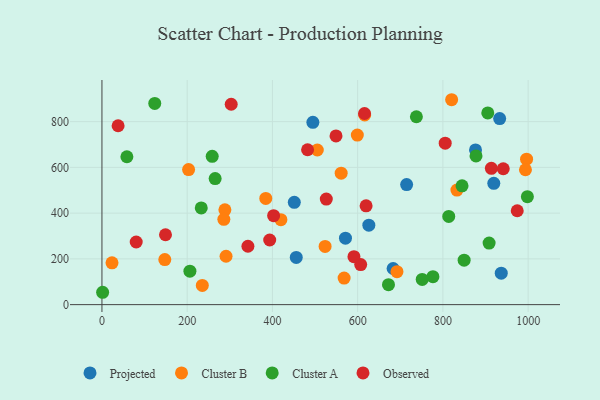
{"axis": {"x": "Experience", "y": "Salary"}, "legend": ["Cluster A", "Cluster B", "Observed", "Projected"], "data": [{"x": "933.2", "y": 813.6, "type": "Projected"}, {"x": "919.4", "y": 530.3, "type": "Projected"}, {"x": "626.2", "y": 347.2, "type": "Projected"}, {"x": "571.4", "y": 290.5, "type": "Projected"}, {"x": "451.3", "y": 447.1, "type": "Projected"}, {"x": "714.9", "y": 524.7, "type": "Projected"}, {"x": "455.9", "y": 206.4, "type": "Projected"}, {"x": "494.9", "y": 796.8, "type": "Projected"}, {"x": "683.2", "y": 157.9, "type": "Projected"}, {"x": "876.5", "y": 676.5, "type": "Projected"}, {"x": "936.9", "y": 137.4, "type": "Projected"}, {"x": "288.5", "y": 414.5, "type": "Cluster B"}, {"x": "832.9", "y": 500.7, "type": "Cluster B"}, {"x": "203.3", "y": 590.4, "type": "Cluster B"}, {"x": "561.3", "y": 574.9, "type": "Cluster B"}, {"x": "616.5", "y": 829.5, "type": "Cluster B"}, {"x": "235.5", "y": 84.0, "type": "Cluster B"}, {"x": "147.5", "y": 196.8, "type": "Cluster B"}, {"x": "996.3", "y": 635.8, "type": "Cluster B"}, {"x": "384.4", "y": 464.5, "type": "Cluster B"}, {"x": "523.6", "y": 254.3, "type": "Cluster B"}, {"x": "993.7", "y": 589.6, "type": "Cluster B"}, {"x": "568.2", "y": 115.9, "type": "Cluster B"}, {"x": "286.0", "y": 373.1, "type": "Cluster B"}, {"x": "505.3", "y": 676.0, "type": "Cluster B"}, {"x": "23.6", "y": 182.6, "type": "Cluster B"}, {"x": "692.2", "y": 144.1, "type": "Cluster B"}, {"x": "599.2", "y": 741.3, "type": "Cluster B"}, {"x": "419.9", "y": 371.5, "type": "Cluster B"}, {"x": "820.5", "y": 895.8, "type": "Cluster B"}, {"x": "291.2", "y": 211.5, "type": "Cluster B"}, {"x": "258.7", "y": 648.3, "type": "Cluster A"}, {"x": "265.6", "y": 550.9, "type": "Cluster A"}, {"x": "849.8", "y": 194.5, "type": "Cluster A"}, {"x": "813.7", "y": 385.5, "type": "Cluster A"}, {"x": "672.3", "y": 87.2, "type": "Cluster A"}, {"x": "776.6", "y": 122.3, "type": "Cluster A"}, {"x": "1.6", "y": 54.0, "type": "Cluster A"}, {"x": "737.8", "y": 821.4, "type": "Cluster A"}, {"x": "206.4", "y": 146.2, "type": "Cluster A"}, {"x": "998.2", "y": 471.8, "type": "Cluster A"}, {"x": "233.0", "y": 422.6, "type": "Cluster A"}, {"x": "58.5", "y": 646.4, "type": "Cluster A"}, {"x": "123.9", "y": 879.7, "type": "Cluster A"}, {"x": "908.4", "y": 268.9, "type": "Cluster A"}, {"x": "751.4", "y": 110.0, "type": "Cluster A"}, {"x": "905.3", "y": 838.3, "type": "Cluster A"}, {"x": "844.9", "y": 519.6, "type": "Cluster A"}, {"x": "877.7", "y": 650.0, "type": "Cluster A"}, {"x": "607.1", "y": 175.2, "type": "Observed"}, {"x": "402.8", "y": 389.0, "type": "Observed"}, {"x": "974.4", "y": 410.5, "type": "Observed"}, {"x": "526.4", "y": 461.4, "type": "Observed"}, {"x": "149.1", "y": 305.5, "type": "Observed"}, {"x": "393.6", "y": 282.5, "type": "Observed"}, {"x": "616.1", "y": 835.6, "type": "Observed"}, {"x": "805.4", "y": 705.8, "type": "Observed"}, {"x": "591.3", "y": 209.5, "type": "Observed"}, {"x": "619.8", "y": 432.0, "type": "Observed"}, {"x": "342.5", "y": 255.2, "type": "Observed"}, {"x": "549.2", "y": 737.6, "type": "Observed"}, {"x": "303.3", "y": 876.1, "type": "Observed"}, {"x": "941.6", "y": 594.1, "type": "Observed"}, {"x": "37.9", "y": 782.0, "type": "Observed"}, {"x": "482.5", "y": 677.0, "type": "Observed"}, {"x": "913.7", "y": 596.1, "type": "Observed"}, {"x": "80.4", "y": 273.9, "type": "Observed"}]}